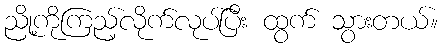
ညို့ကိုကြည့်လိုက်လုပ်ပြီး ထွက် သွားတယ်။